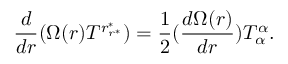
\frac { d } { d r } ( \Omega ( r ) T ^ { r _ { r ^ { \ast } } ^ { \ast } } ) = \frac { 1 } { 2 } ( \frac { d \Omega ( r ) } { d r } ) T _ { \alpha } ^ { \alpha } .